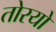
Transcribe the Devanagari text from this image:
तोरयो